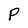
Character: P